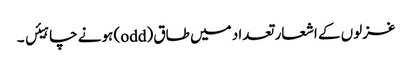
غزلوں کے اشعار تعداد میں طاق (odd) ہونے چاہیئں ۔